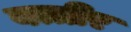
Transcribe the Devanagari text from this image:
बत्तीर